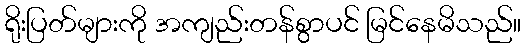
ရိုးပြတ်များကို အကျည်းတန်စွာပင် မြင်နေမိသည်။